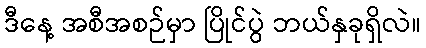
ဒီနေ့ အစီအစဉ်မှာ ပြိုင်ပွဲ ဘယ်နှခုရှိလဲ။